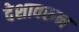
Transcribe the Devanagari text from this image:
देशावरून